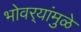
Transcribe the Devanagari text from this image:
भोवर्‍यांमुळे